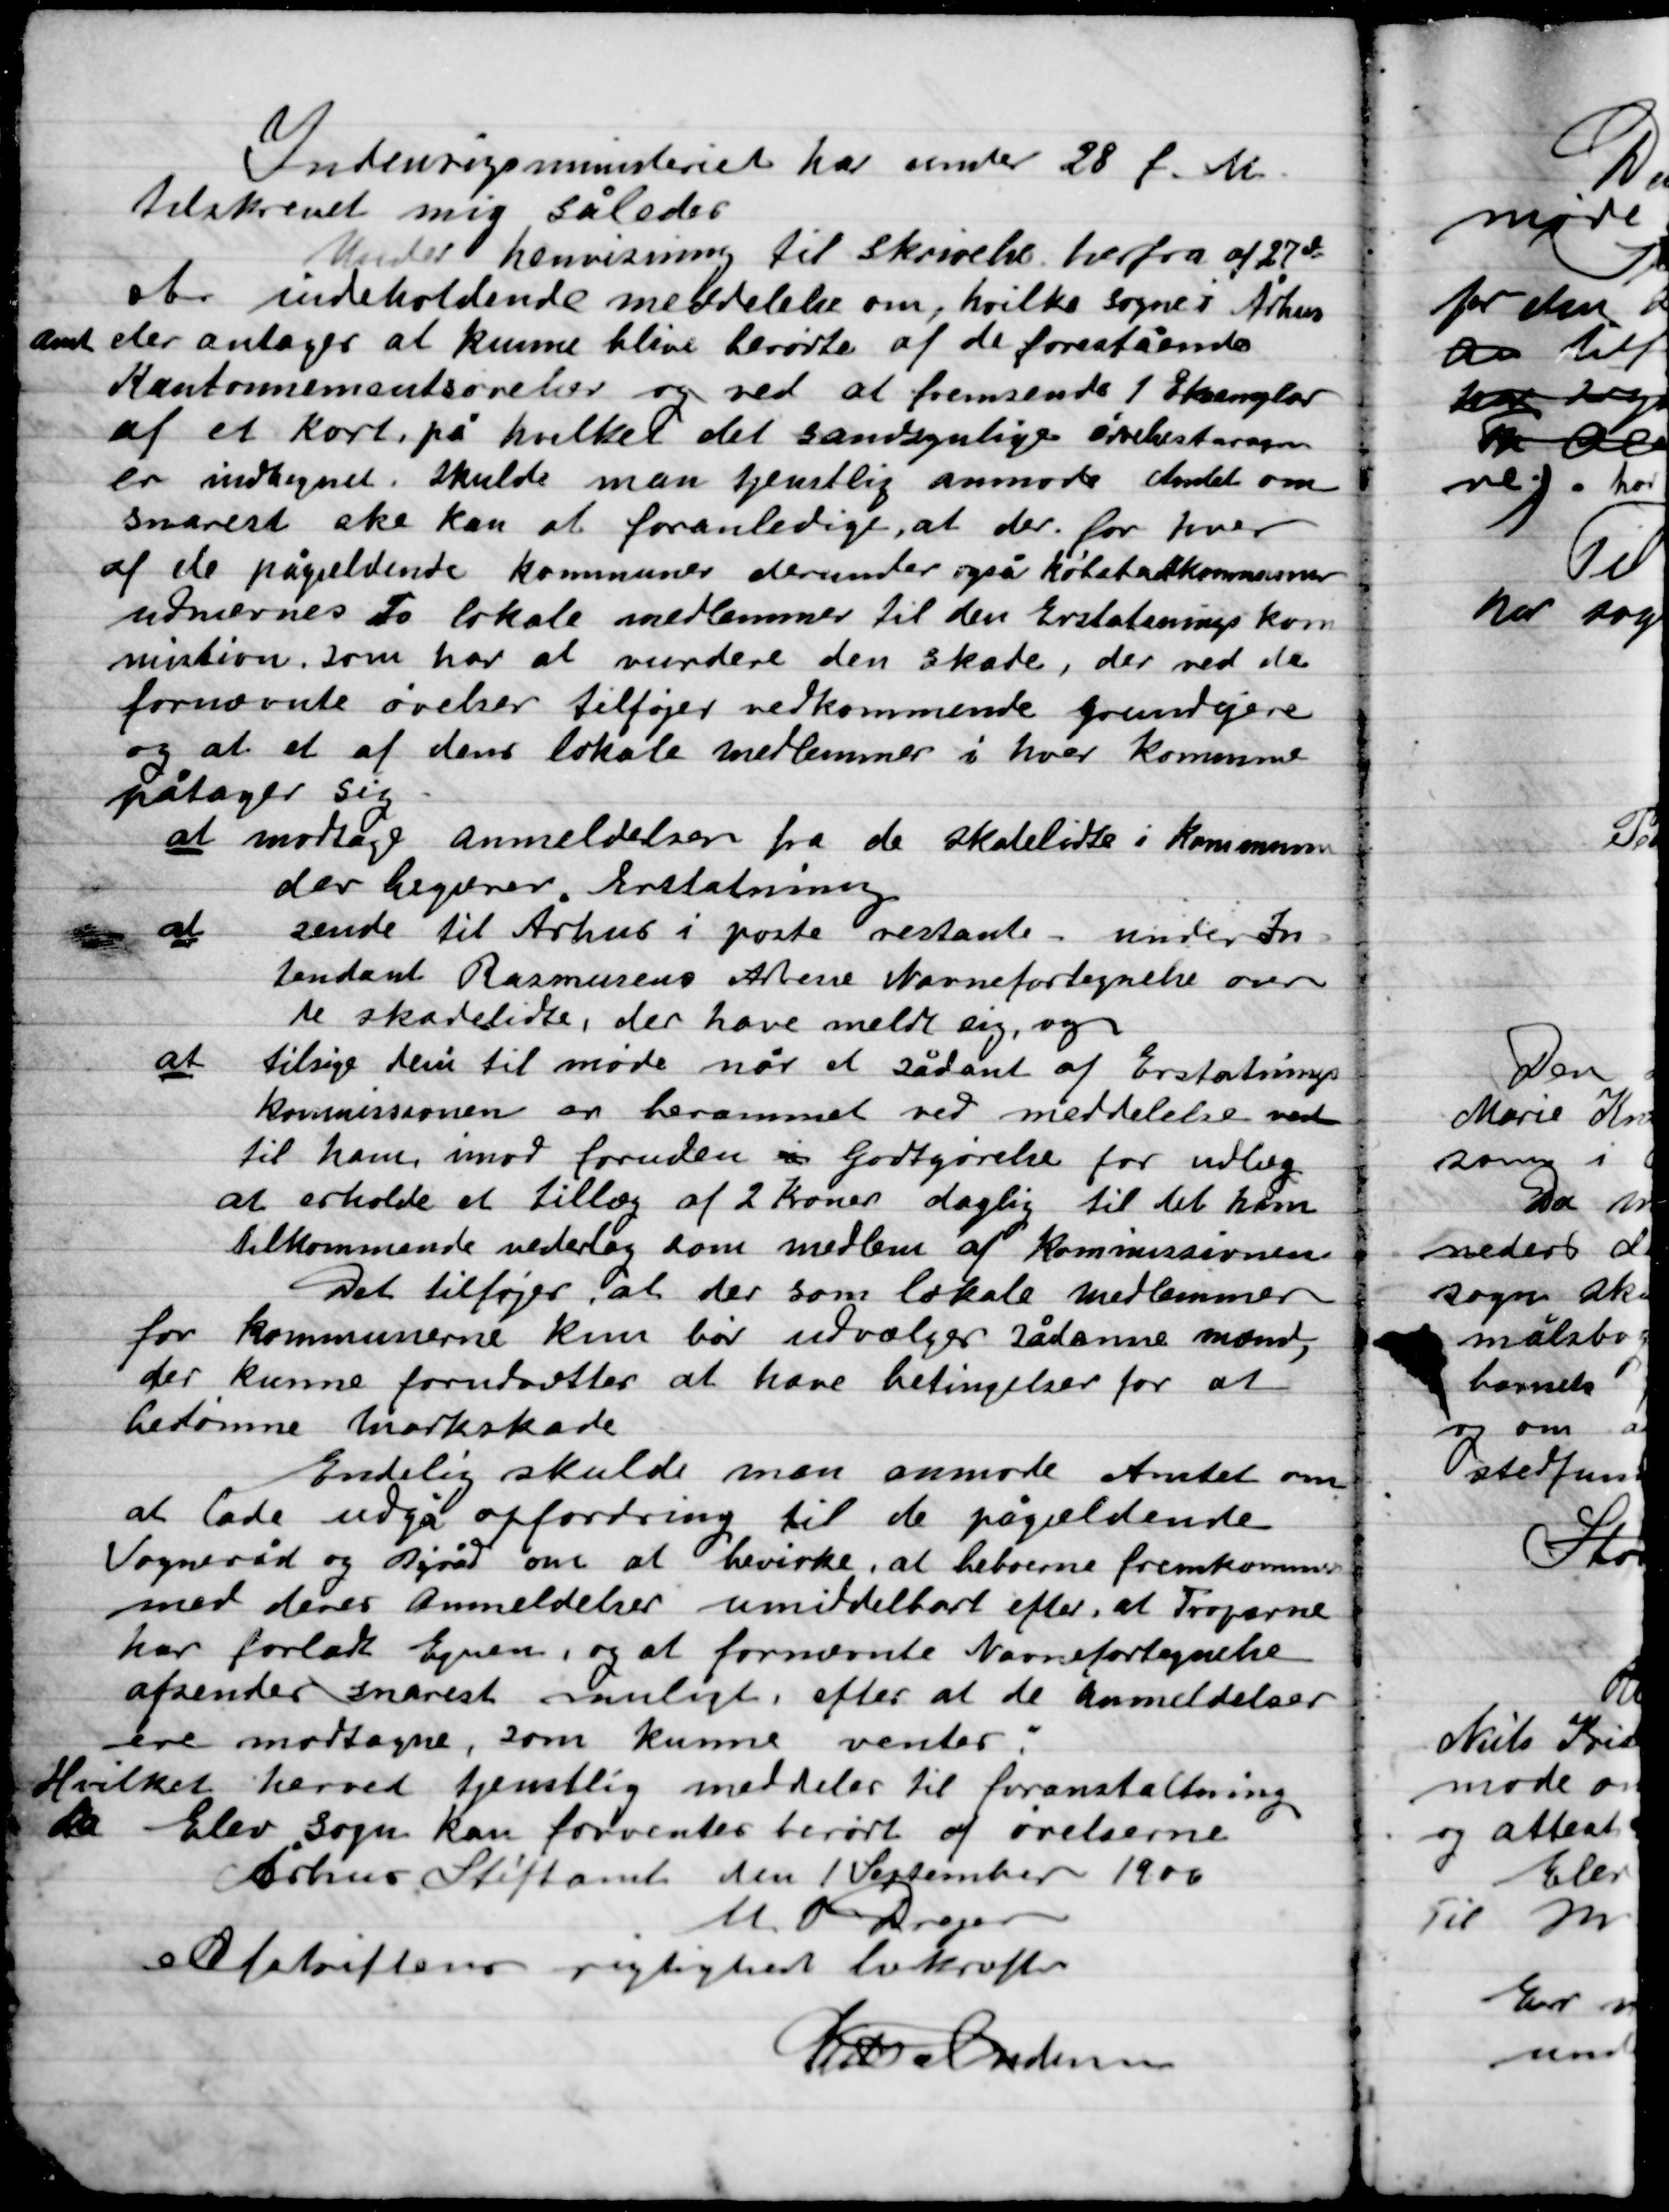
Transskription:
Indenrigsministeriet har under 28 f. M.
Tilskrevet mig således
Under henvisning til skrivelse herfra af 27de
at indeholde meddelelse om, hvilke sogne i Århus
Amt der antages at kunne blive berørte af de forestående
Kantonnementsøvelser og ved at fremsende 1 Eksemplar
af et kort, på hvilket det sandsynlige øvelsesterrægn
er indtegnet. Skulde man tjenstlig anmode amtet om
snarest ske kan at foranledige, at der for hver
af de pågældende kommuner derunder også købstadskommuner
udnævnes To lokale medlemmer til den Erstatenings kom-
mistion, som har at vurdere den skade, der ved de
fornævnte øvelser tilføje vedkommende grundejere
og at et af dens lokale medlemmer i hver Kommune
påtage sig
at modtage anmeldelsen fra de skadelidte i Kommunen
	der begærer Erstatning
at sende til Århus i poste restan under In-
	tendant Rasmus Alene Navnefortegnelse over
	de skadelidte, der have meldt sig, og
at tilsige dem til møde når et sådant af Erstatnings-
	kommisionen er berammet ved meddelelse ved
	til ham imod foruden i godtgørelse for udlæg
	at erholde et tillæg af 2 Kroner daglig til det ham
	tilkommende vederlag som medlem af kommissionen
Det tilføjes, at der som lokale medlemmer
for kommunerne kun bør udvælges sådanne mænd,
der kunne forudsætter at have betingelser for at
bedømme markskade.
Endelig skulde man anmode Amtet om
at lade udgå opfordring til de pågældende
Værgeråd og Byråd om at bevirke, at beboerne fremkommer
med deres Anmeldelser umiddelbart efter, at Troperne
har forladt Egnen, og at fornævnte Navnefortegnelse
afsendes snarest muligt, efter at de Anmeldelser
ere modtagne, som kunne ventes.
Hvilket herved tjenstlig meddeles til foranstaltning
Elev Sogn kan forventes berørt af øvelserne
Århus Stiftsamt den 1 September 1900
M. P. Dreyer
Afskriftens rigtighed bekræftes
K. M. Andersen